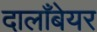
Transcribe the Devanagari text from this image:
दालाँबेयर